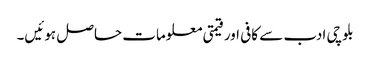
بلوچی ادب سے کافی اور قیمتی معلومات حاصل ہوئیں۔